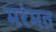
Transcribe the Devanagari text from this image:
मरंमत